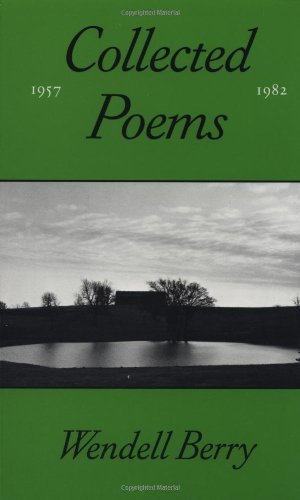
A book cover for The Collected Poems of Wendell Berry, 1957-1982; Wendell Berry; Christian Books & Bibles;